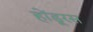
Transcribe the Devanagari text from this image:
होंडूरस